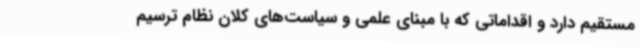
مستقیم دارد و اقداماتی که با مبنای علمی و سیاست‌های کلان نظام ترسیم